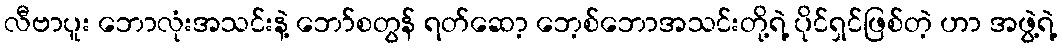
လီဗာပူး ဘောလုံးအသင်းနဲ့ ဘော်စတွန် ရတ်ဆော့ ဘေ့စ်ဘောအသင်းတို့ရဲ့ ပိုင်ရှင်ဖြစ်တဲ့ ဟာ အဖွဲ့ရဲ့